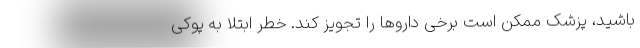
باشید، پزشک ممکن است برخی داروها را تجویز کند. خطر ابتلا به پوکی